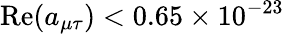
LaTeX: \mathrm{Re}(a_{\mu\tau})<0.65\times 10^{-23}